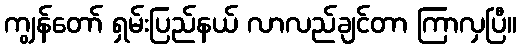
ကျွန်တော် ရှမ်းပြည်နယ် လာလည်ချင်တာ ကြာလှပြီ။